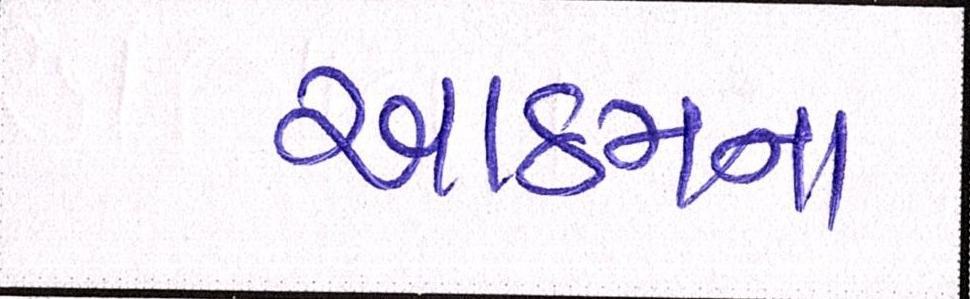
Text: આઠમના